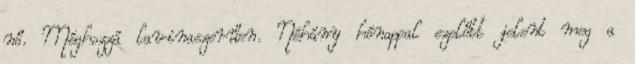
nő. Méghozzá lavinaszerűen. Néhány hónappal ezelőtt jelent meg a